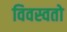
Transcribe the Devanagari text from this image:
विवस्वतो